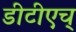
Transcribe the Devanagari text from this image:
डीटीएच्‌